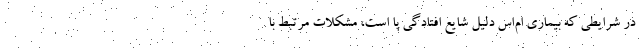
در شرایطی که بیماری ام‌اس دلیل شایع افتادگی پا است، مشکلات مرتبط با